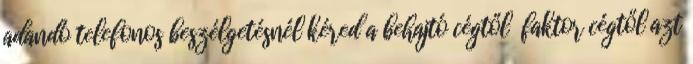
adandó telefonos beszélgetésnél kéred a behajtó cégtől faktor cégtől azt